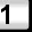
Digit: 1